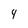
Character: 4